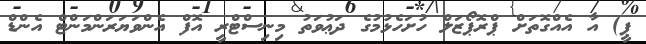
ޕީ) އާ އެއްގޮތަށް ޕްރޮޕޯޒަލް ހުށަހެޅުމުގެ ދަޢުވަތު މިނިސްޓްރީ އޮފް އެންވަޔަރަންމަންޓް އެންޑް